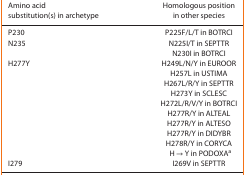
| Amino acid substitution(s) in archetype | Homologous position in other species |
 | --- | --- |
 | P230 | P225F/L/T in BOTRCI |
 | <ROWSPAN=2> N235 | N225I/T in SEPTTR |
 | N230I in BOTRCI |
 | <ROWSPAN=10> H277Y | H249L/N/Y in EUROOR |
 | H257L in USTIMA |
 | H267L/R/Y in SEPTTR |
 | H273Y in SCLESC |
 | H272L/R/V/Y in BOTRCI |
 | H277R/Y in ALTEAL |
 | H277R/Y in ALTESO |
 | H277R/Y in DIDYBR |
 | H278R/Y in CORYCA |
 | H → Y in PODOXAa |
 | I279 | I269V in SEPTTR |